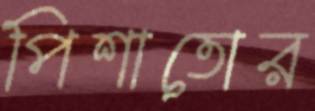
পিশাতোর